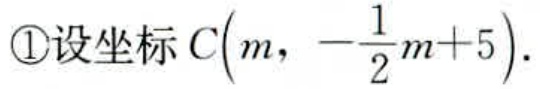
\textcircled{1}设坐标 \(C\left(m,-\frac{1}{2}m + 5\right)\).